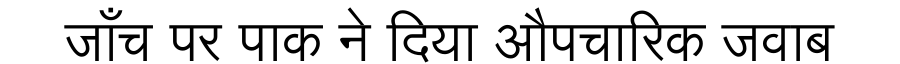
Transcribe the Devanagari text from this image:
जाँच पर पाक ने दिया औपचारिक जवाब